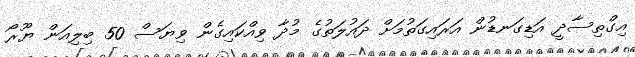
އިގްތިސާދީ އަޑިގަނޑުން އަރައިގަތުމަށް ދައުލަތުގެ މުދާ ވިއްކައިގެން ވިޔަސް 50 ބިލިއަން ޔޫރޯ